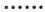
……